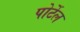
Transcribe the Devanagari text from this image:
पोर्टेल